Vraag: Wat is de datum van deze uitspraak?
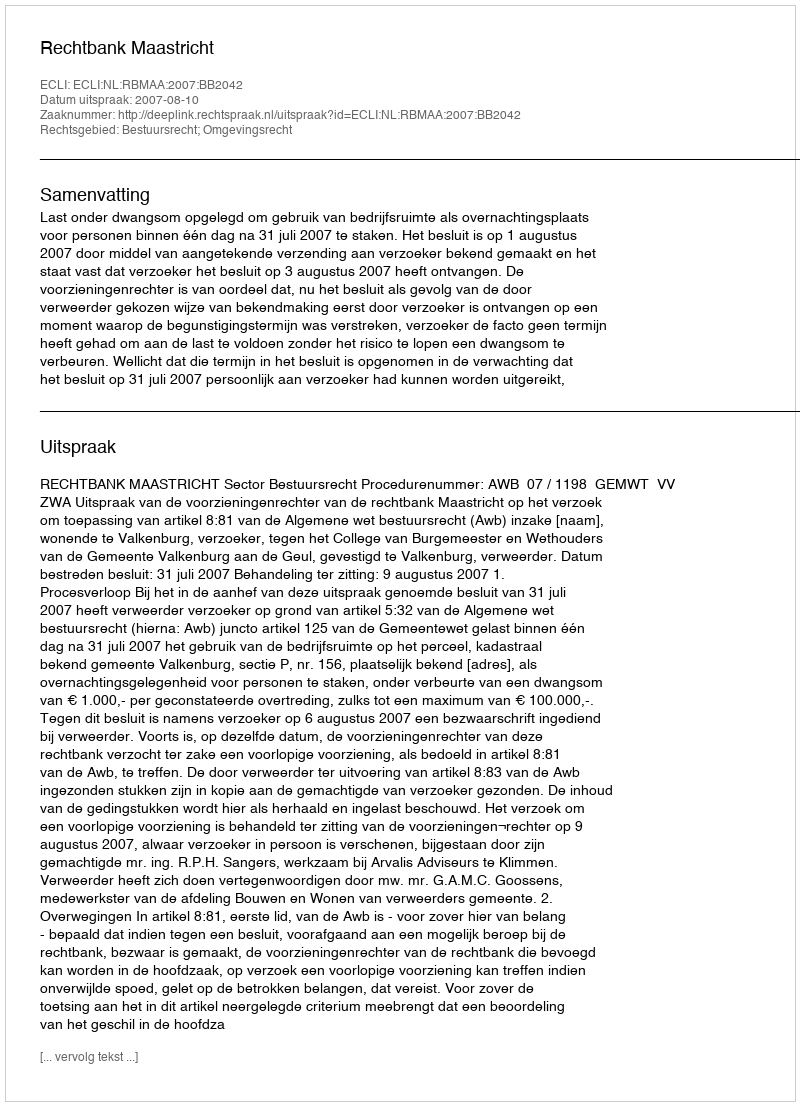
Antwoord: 2007-08-10